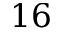
1 6